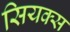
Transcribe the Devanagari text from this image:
सियक्स